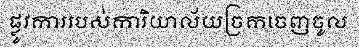
ផ្លូវការរបស់ការិយាល័យច្រកចេញចូល